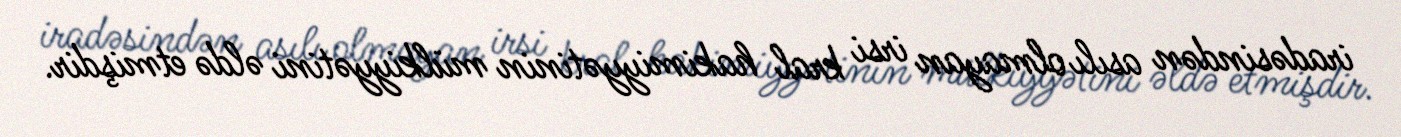
iradəsindən asılı olmayan irsi kral hakimiyyətinin mülkiyyətini əldə etmişdir.